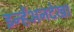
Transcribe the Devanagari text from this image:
इन्हेंअनदेखा